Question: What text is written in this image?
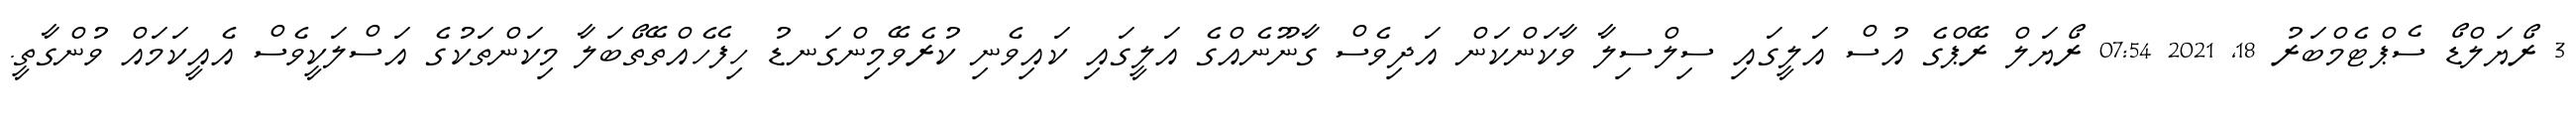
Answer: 3 ރޯޔަލްޑޯ ސެޕްޓެމްބަރު 18, 2021 07:54 ރޯޔަލް ރޭޕްގެ އުސް އަލީގައި ސިލްސިލާ ވާކަންކަން އަދިވެސް ގާނޫނެއްގެ އަލީގައި ކައިވެނި ކުރެވޭމިންގަނޑު ހިފެހެއްތޭތޯބަލާ މިކަންތަކުގެ އަސްލަކީވެސް އެއީކަމައް ވުންގާތީ.